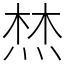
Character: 㷊